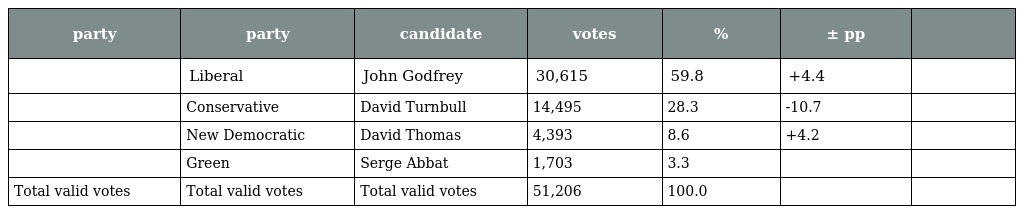
| party | party | candidate | votes | % | ± pp |  |
 | --- | --- | --- | --- | --- | --- | --- |
 |  | Liberal | John Godfrey | 30,615 | 59.8 | +4.4 |  |
 |  | Conservative | David Turnbull | 14,495 | 28.3 | -10.7 |  |
 |  | New Democratic | David Thomas | 4,393 | 8.6 | +4.2 |  |
 |  | Green | Serge Abbat | 1,703 | 3.3 |  |  |
 | Total valid votes | Total valid votes | Total valid votes | 51,206 | 100.0 |  |  |